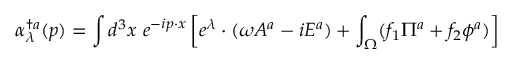
\alpha _ { \lambda } ^ { \dagger a } ( p ) = \int d ^ { 3 } x ~ e ^ { - i p \cdot x } \left[ e ^ { \lambda } \cdot ( \omega A ^ { a } - i E ^ { a } ) + \int _ { \Omega } ( f _ { 1 } \Pi ^ { a } + f _ { 2 } \phi ^ { a } ) \right]